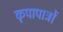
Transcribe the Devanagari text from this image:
कृपापात्रों